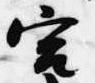
宮